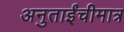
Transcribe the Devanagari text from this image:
अनुताईंचीमात्र